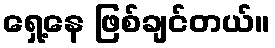
ရှေ့နေ ဖြစ်ချင်တယ်။